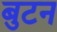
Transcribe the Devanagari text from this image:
बुटन